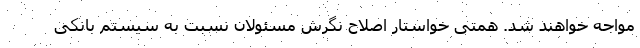
مواجه خواهند شد. همتی خواستار اصلاح نگرش مسئولان نسبت به سیستم بانکی